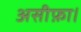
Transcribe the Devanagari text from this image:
असीफ़ा।